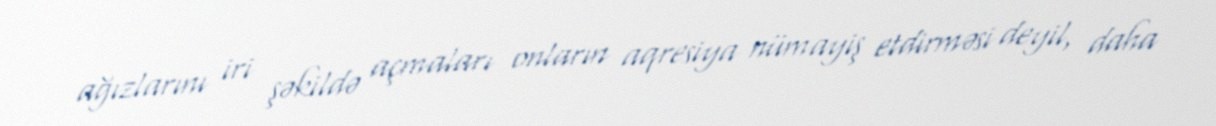
ağızlarını iri şəkildə açmaları onların aqresiya nümayiş etdirməsi deyil, daha